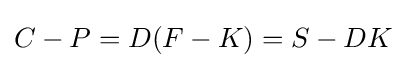
C-P=D(F-K)=S-DK